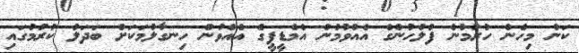
ކަން މިހެން ހުރުމުން ފުލުހުންގެ އެއްވުމުން އެމްޑީޕީގެ އެއްވުން ހިނގާލުމަކަށް ބަދަލު ކުރުމުގައި